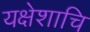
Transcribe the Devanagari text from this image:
यक्षेशाचि